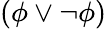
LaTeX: (\phi\lor\neg\phi)